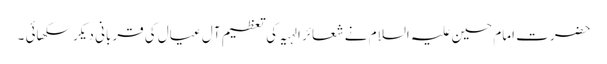
حضرت امام حسین علیہ السلام نے شعائر الہیہ کی تعظیم آل عیال کی قربانی دیکر سکھائی ۔